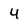
Character: 4